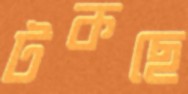
টকছে